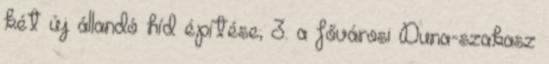
két új állandó híd építése; 3. a fővárosi Duna-szakasz